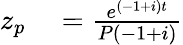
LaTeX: \begin{array}{rlrl}{z_{p}}&{{}={\frac{e^{(-1+i)t}}{P(-1+i)}}}\end{array}